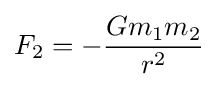
F_{2}=-{\frac {Gm_{1}m_{2}}{r^{2}}}